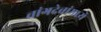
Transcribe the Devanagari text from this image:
चांगदेवांमध्ये